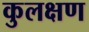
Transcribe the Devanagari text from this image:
कुलक्षण